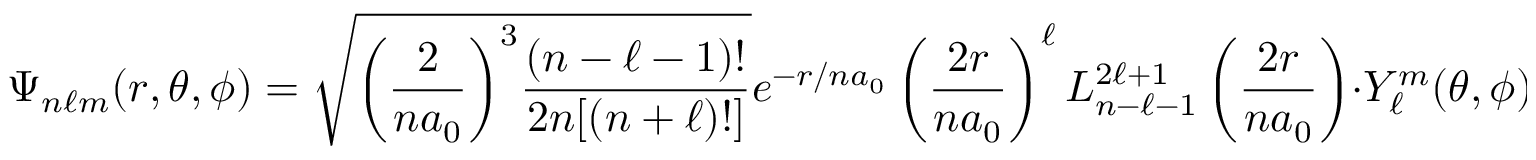
\Psi _ { n \ell m } ( r , \theta , \phi ) = { \sqrt { { \left( { \frac { 2 } { n a _ { 0 } } } \right) } ^ { 3 } { \frac { ( n - \ell - 1 ) ! } { 2 n [ ( n + \ell ) ! ] } } } } e ^ { - r / n a _ { 0 } } \left( { \frac { 2 r } { n a _ { 0 } } } \right) ^ { \ell } L _ { n - \ell - 1 } ^ { 2 \ell + 1 } \left( { \frac { 2 r } { n a _ { 0 } } } \right) \cdot Y _ { \ell } ^ { m } ( \theta , \phi )